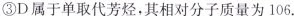
③D属于单取代芳烃，其相对分子质量为106.